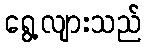
ရွေ့လျားသည်